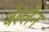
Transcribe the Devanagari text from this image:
बेल्लेन